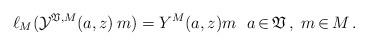
LaTeX: \begin{align*} \ell_M(\mathcal{Y}^{\mathfrak{V},M}(a,z)\,m) = Y^M(a,z)m ~~ a\,{\in}\,\mathfrak{V}\,,\ m\,{\in}\, M \,. \end{align*}